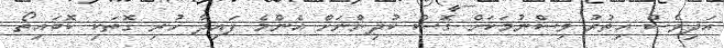
އަދިވެސް އިތުރު ވިސްނުމަކަށް ގޮސް ކުދިންނަށް އެންމެ ފައިދާ ހުރި ގޮތަކި ކޮބައިތޯ